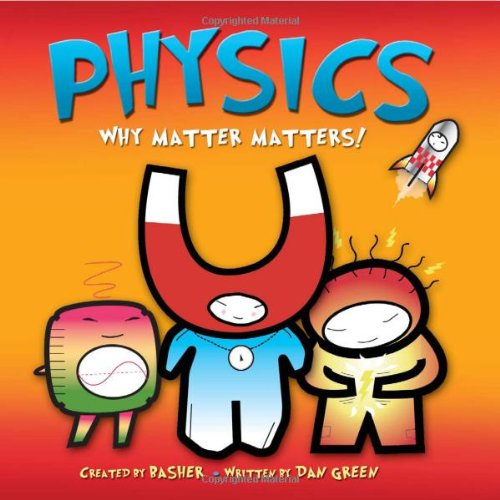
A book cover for Physics: Why Matter Matters!; Dan Green; Children's Books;